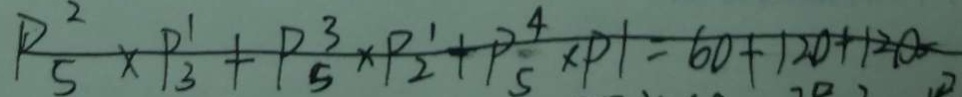
P ^ { 2 } _ { 5 } \times P _ { 3 } ^ { 1 } + P _ { 5 } ^ { 3 } \times P _ { 2 } ^ { 1 } + P _ { 5 } ^ { 4 } \times P 1 = 6 0 + 1 2 0 + 1 2 0